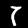
Digit: 7